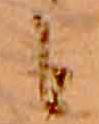
も